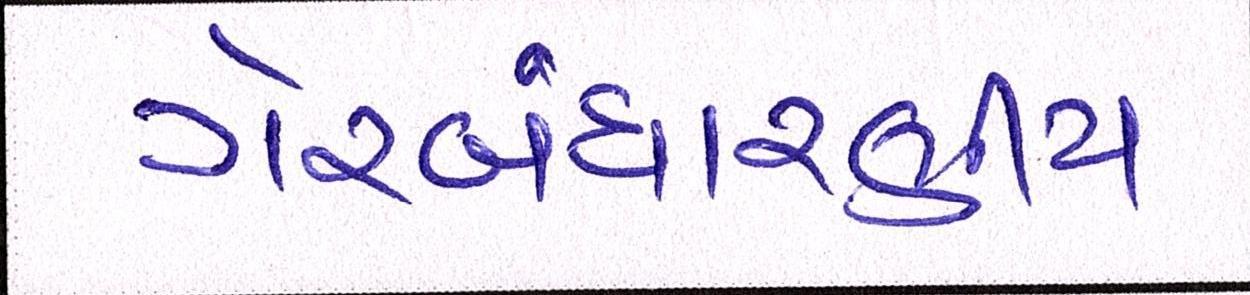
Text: ગેરબંધારણીય